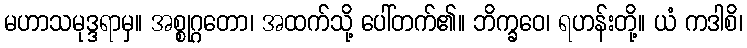
မဟာသမုဒ္ဒရာမှ။ အစ္စုဂ္ဂတော၊ အထက်သို့ ပေါ်တက်၏။ ဘိက္ခဝေ၊ ရဟန်းတို့။ ယံ ကဒါစိ၊